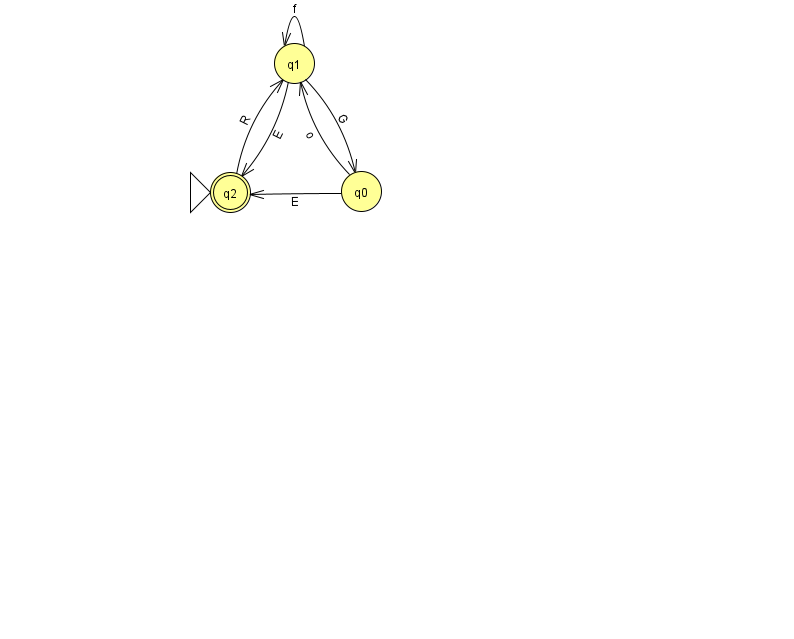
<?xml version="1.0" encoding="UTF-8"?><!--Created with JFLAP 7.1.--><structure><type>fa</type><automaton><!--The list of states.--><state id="0" name="q0"><x>361.0</x><y>178.0</y></state><state id="1" name="q1"><x>294.0</x><y>50.0</y></state><state id="2" name="q2"><x>230.0</x><y>179.0</y><initial/><final/></state><!--The list of transitions.--><transition><from>1</from><to>0</to><read>G</read></transition><transition><from>1</from><to>1</to><read>f</read></transition><transition><from>0</from><to>2</to><read>E</read></transition><transition><from>1</from><to>2</to><read>E</read></transition><transition><from>0</from><to>1</to><read>o</read></transition><transition><from>2</from><to>1</to><read>R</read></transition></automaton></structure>